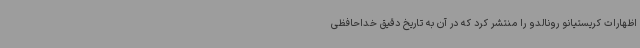
اظهارات کریستیانو رونالدو را منتشر کرد که در آن به تاریخ دقیق خداحافظی